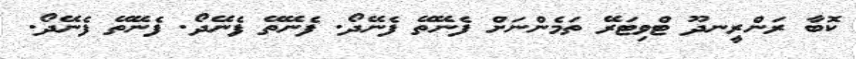
ކޮބާ ރަންރީނދޫ ޓްވިޓަރޭ ތަމެންނަށް ފެނޭތޭ ފެނޭދޯ. ފެނޭތޭ ފެނޭދޯ. ފެނޭތޭ ފެނޭދޯ.